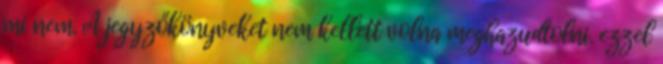
mi nem. A jegyzőkönyveket nem kellett volna meghazudtolni. ezzel